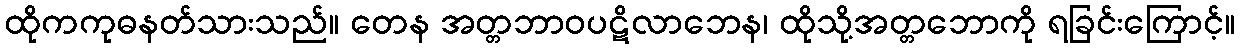
ထိုကကုဓနတ်သားသည်။ တေန အတ္တဘာဝပဋိလာဘေန၊ ထိုသို့အတ္တဘောကို ရခြင်းကြောင့်။